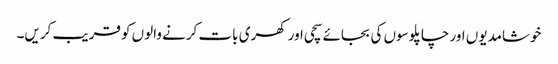
خوشامدیوں اور چاپلوسوں کی بجائے سچی اور کھری بات کرنے والوں کو قریب کریں۔